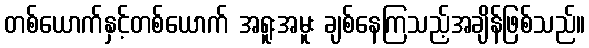
တစ်ယောက်နှင့်တစ်ယောက် အရူးအမူး ချစ်နေကြသည့်အချိန်ဖြစ်သည်။